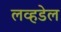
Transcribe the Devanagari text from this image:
लव्हडेल